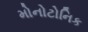
મોનોટોનિક